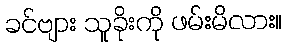
ခင်ဗျား သူခိုးကို ဖမ်းမိလား။